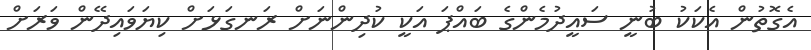
އެގޮތުން އެކަކު ބުނީ ސައީދުމެންގެ ބައްޕަ އަކީ ކުދިންނަށް ރަނގަޅަށް ކިޔަވައިދޭން ވަރަށް